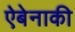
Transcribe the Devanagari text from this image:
ऐबेनाकी